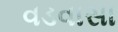
વડવાસા